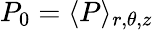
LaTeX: P_{0}=\langle P\rangle_{r,\theta,z}